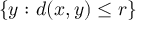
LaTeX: \{ y \, \colon d ( x , y ) \leq r \}